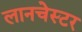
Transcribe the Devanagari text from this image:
लानचेस्टर